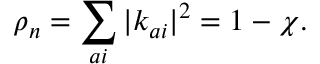
\rho _ { n } = \sum _ { a i } | k _ { a i } | ^ { 2 } = 1 - \chi .